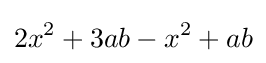
2x^{2}+3ab-x^{2}+ab